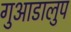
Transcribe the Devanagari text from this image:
गुआडालुप